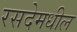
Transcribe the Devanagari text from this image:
रसदेमधील